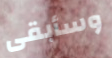
وسأبقى